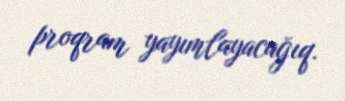
proqram yayımlayacağıq.